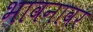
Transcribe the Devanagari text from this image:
भावनावर